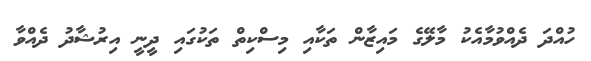
ހުއްދަ ދެއްވުމާއެކު މާލޭގެ މައިޒާން ތަކާއި މިސްކިތް ތަކުގައި ދީނީ އިރުޝާދު ދެއްވާ